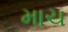
માચ